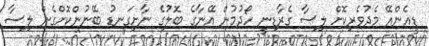
ޑީއެންއޭ މެދުވެރިކޮށް ލިސާ ގެރާޑިނީ ހޯދުމުން އޭނާގެ ބޮލުގެ ނާށިގަނޑު ބޭނުންކޮށްގެން ލިސާ